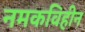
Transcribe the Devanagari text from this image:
नमकविहीन